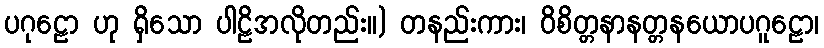
ပဂုဠော ဟု ရှိသော ပါဠိအလိုတည်း။) တနည်းကား၊ ဝိစိတ္တနာနတ္တနယောပဂူဠော၊